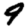
Digit: 9